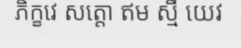
ភិក្ខវេ សត្តោ ឥម ស្មឹ យេវ